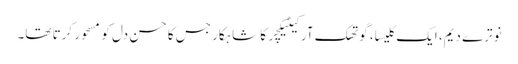
نوترے دیم، ایک کلیسا، گوتھک آرکیٹیکچر کا شاہکار جس کا حسن دل کو مسحور کرتا تھا۔